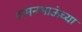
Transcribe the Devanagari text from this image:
वामनभाऊंच्या